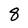
Character: 8